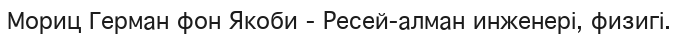
Мориц Герман фон Якоби - Ресей-алман инженері, физигі.